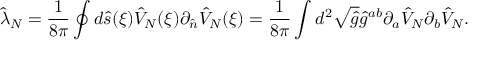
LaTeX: { \hat { \lambda } _ { N } } = { \frac { 1 } { 8 \pi } } \oint { d } \hat { s } ( \xi ) { \hat { V } _ { N } } ( \xi ) { \partial _ { \hat { n } } } { \hat { V } _ { N } } ( \xi ) = { \frac { 1 } { 8 \pi } } \int { d ^ { 2 } } \sqrt { \hat { g } } { \hat { g } ^ { a b } } { \partial _ { a } } { \hat { V } _ { N } } { \partial _ { b } } { \hat { V } _ { N } } .